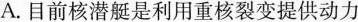
A.目前核潜艇是利用重核裂变提供动力